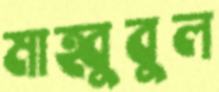
মাহ্বুবুল